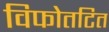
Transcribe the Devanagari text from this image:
विफोतटित